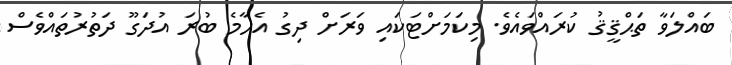
ބައްލަވާ ތަޙްޤީޤު ކުރައްވައެވެ. މިކަމަށްޓަކައި ވަރަށް ދިގު އެހާމެ ބުރަ އުދަގޫ ދަތުރުތައްވެސް